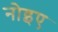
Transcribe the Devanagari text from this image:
नोइए